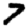
Digit: 7